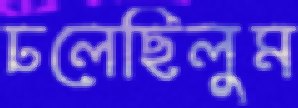
ঢলেছিলুম